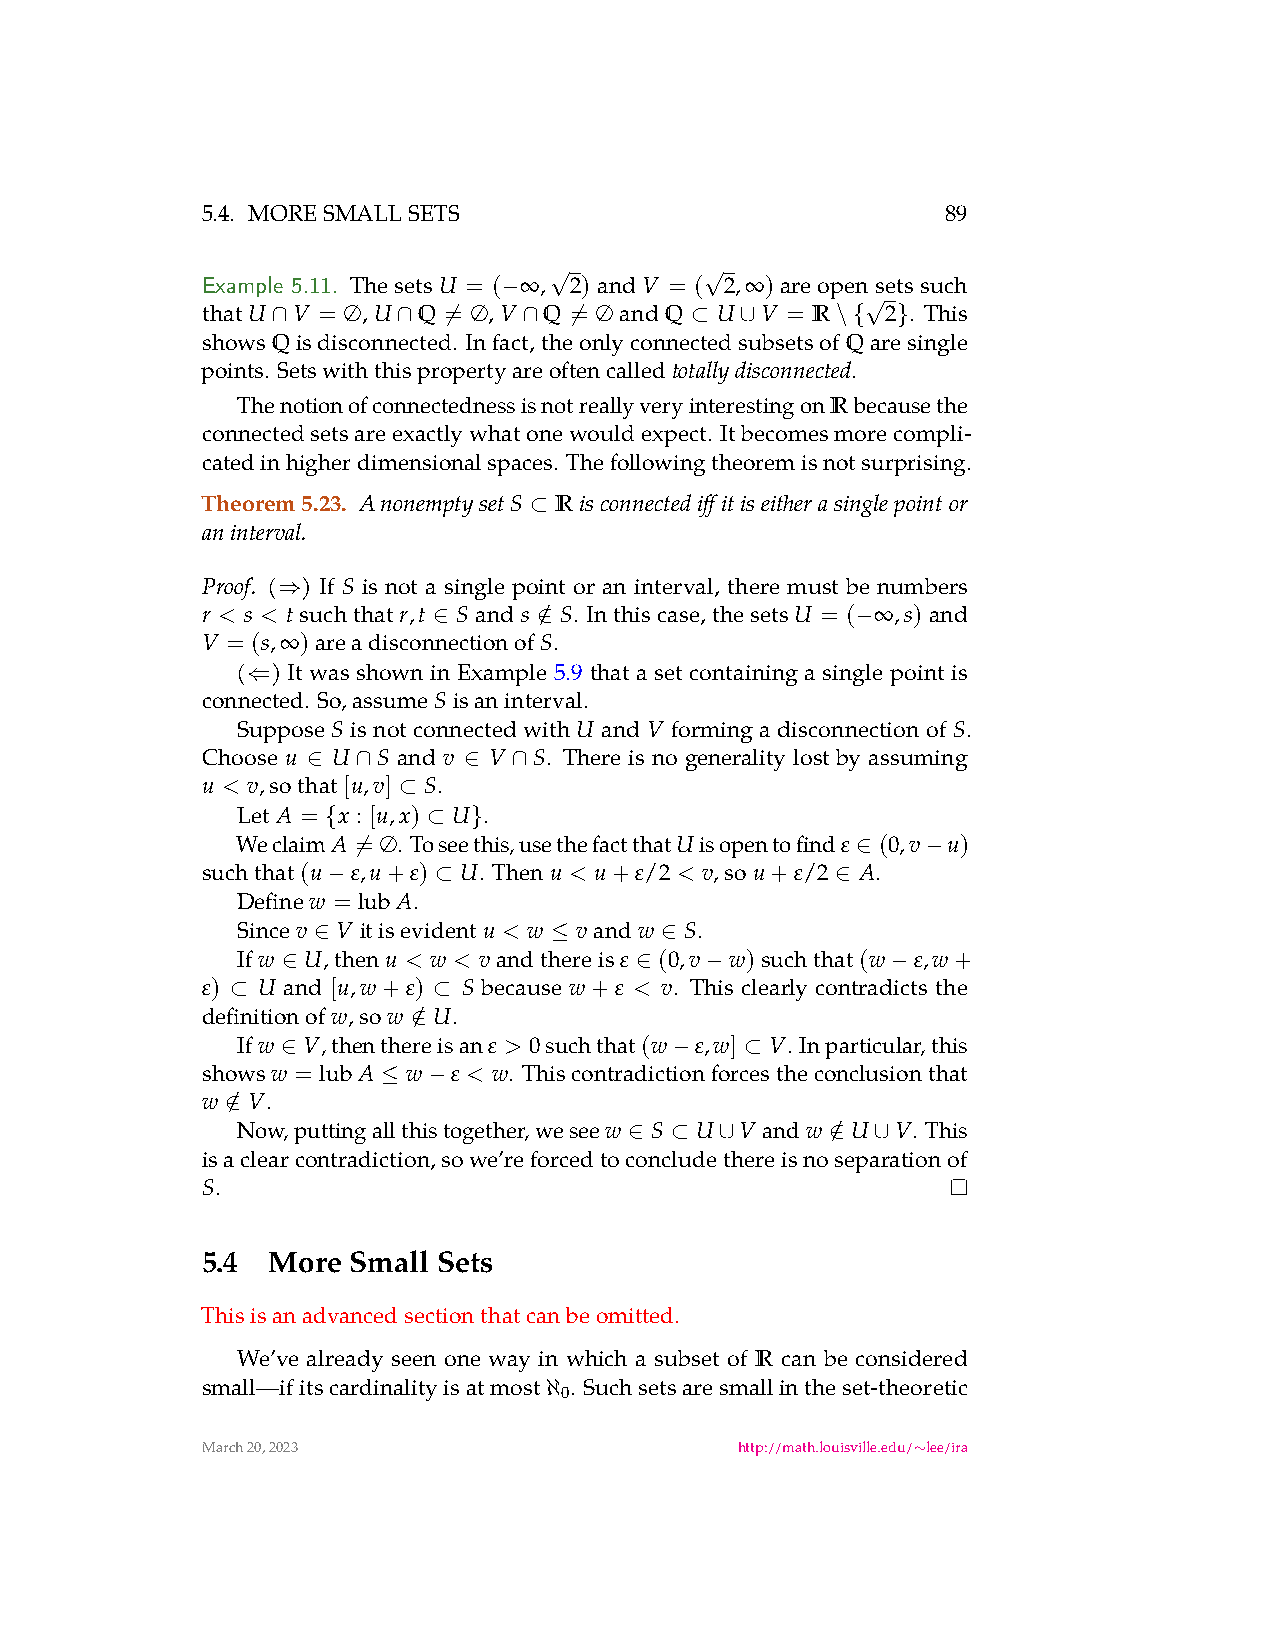
5.4. MORESMALLSETS                                89
 Example 5.11. ThesetsU = ( ∞ ,√2) andV = (√2,∞) areopensetssuch
 −
 thatU V = ∅,U  Q = ∅, V Q = ∅ andQ U V = R  √2 . This
 ∩       ∩  ̸     ∩  ̸       ⊂  ∪     \{  }
 showsQisdisconnected. Infact,theonlyconnectedsubsetsofQaresingle
 points. Setswiththispropertyareoftencalled .
 totallydisconnected
 ThenotionofconnectednessisnotreallyveryinterestingonRbecausethe
 connectedsetsareexactlywhatonewouldexpect. Itbecomesmorecompli-
 catedinhigherdimensionalspaces. Thefollowingtheoremisnotsurprising.
 Theorem5.23. AnonemptysetS R isconnectediffitiseitherasinglepointor
 ⊂
 aninterval.
 Proof. ( ) If S is not a single point or an interval, there must be numbers
 ⇒
 r < s < tsuchthatr,t Sands / S. Inthiscase,thesetsU = ( ∞ ,s)and
 ∈      ∈                    −
 V = (s,∞)areadisconnectionofS.
 ( ) It was shown in Example 5.9 that a set containing a single point is
 ⇐
 connected. So,assumeSisaninterval.
 Suppose S isnotconnectedwithU and V formingadisconnectionof S.
 Choose u U  S and v V S. There is no generality lost by assuming
 ∈   ∩      ∈  ∩
 u < v,sothat[u,v] S.
 ⊂
 Let A = x : [u,x) U .
 {     ⊂  }
 WeclaimA = ∅. Toseethis,usethefactthatUisopentofind ε (0,v u)
 ̸                                 ∈   −
 suchthat(u ε,u+ε) U. Thenu < u+ε/2 < v,sou+ε/2 A.
 −      ⊂                         ∈
 Definew = lubA.
 Sincev V itisevidentu < w vandw S.
 ∈              ≤       ∈
 Ifw U,thenu < w < vandthereis ε (0,v w)suchthat(w ε,w+
 ∈                      ∈    −           −
 ε)  U and [u,w+ε) S because w+ε < v. This clearly contradicts the
 ⊂             ⊂
 definitionofw,sow
 /
 U.
 ∈
 Ifw V,thenthereisan ε > 0suchthat(w ε,w] V. Inparticular,this
 ∈                        −    ⊂
 showsw = lubA w  ε < w. Thiscontradictionforcestheconclusionthat
 ≤  −
 w / V.
 ∈
 Now,puttingallthistogether,weseew S U V andw / U V. This
 ∈ ⊂   ∪      ∈  ∪
 isaclearcontradiction,sowe’reforcedtoconcludethereisnoseparationof
 S.
 5.4  More Small Sets
 Thisisanadvancedsectionthatcanbeomitted.
 We’ve already seen one way in which a subset of R can be considered
 small—ifitscardinalityisatmost . Suchsetsaresmallintheset-theoretic
 0
 ℵ
 March20,2023                        http://math.louisville.edu/ lee/ira
 ∼